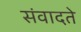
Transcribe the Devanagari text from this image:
संवादते